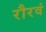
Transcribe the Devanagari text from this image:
रौरवं